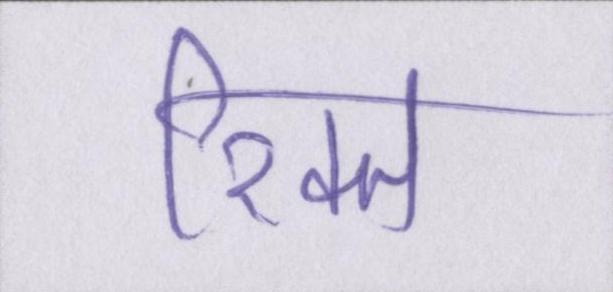
रिक्त